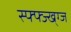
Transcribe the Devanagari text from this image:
स्फ्फ्ज्ख्ग्ज